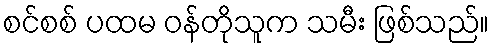
စင်စစ် ပထမ ဝန်တိုသူက သမီး ဖြစ်သည်။